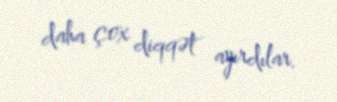
daha çox diqqət ayırdılar.